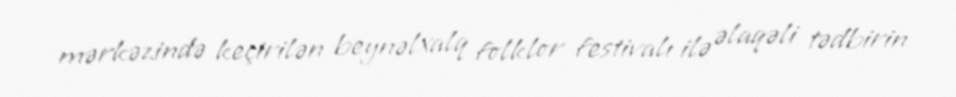
mərkəzində keçirilən beynəlxalq folklor festivalı ilə əlaqəli tədbirin